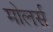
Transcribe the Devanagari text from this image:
मोलर्स